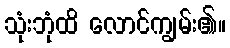
သုံးဘုံထိ လောင်ကျွမ်း၏။